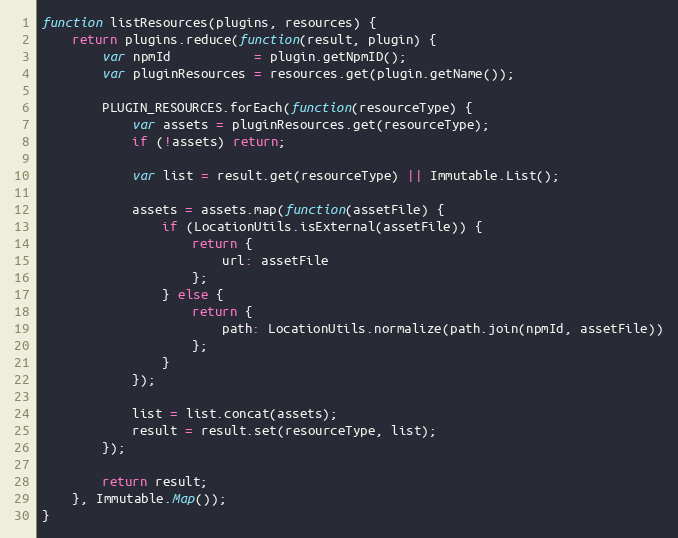
Language: JavaScript
function listResources(plugins, resources) {
    return plugins.reduce(function(result, plugin) {
        var npmId           = plugin.getNpmID();
        var pluginResources = resources.get(plugin.getName());

        PLUGIN_RESOURCES.forEach(function(resourceType) {
            var assets = pluginResources.get(resourceType);
            if (!assets) return;

            var list = result.get(resourceType) || Immutable.List();

            assets = assets.map(function(assetFile) {
                if (LocationUtils.isExternal(assetFile)) {
                    return {
                        url: assetFile
                    };
                } else {
                    return {
                        path: LocationUtils.normalize(path.join(npmId, assetFile))
                    };
                }
            });

            list = list.concat(assets);
            result = result.set(resourceType, list);
        });

        return result;
    }, Immutable.Map());
}